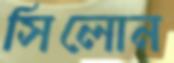
সিলোন